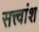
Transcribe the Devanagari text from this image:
सत्त्वांश